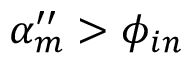
\alpha _ { m } ^ { \prime \prime } > \phi _ { i n }